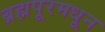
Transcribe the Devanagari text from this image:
ब्रह्मपूरमधून